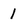
Character: 1